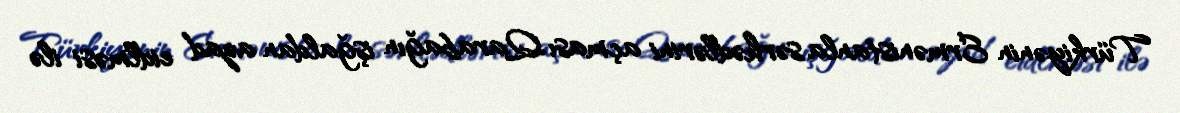
Türkiyənin Ermənistanla sərhədlərini açması Qarabağın işğaldan azad eidlməsi ilə